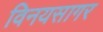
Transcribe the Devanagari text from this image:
विनयसागर